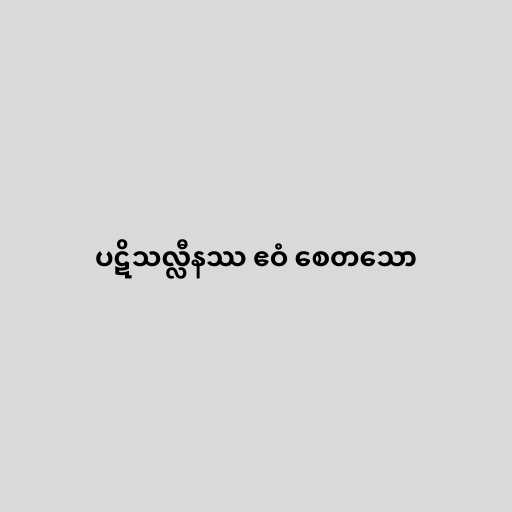
ပဋိသလ္လီနဿ ဧဝံ စေတသော